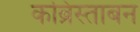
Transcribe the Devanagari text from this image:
कब्रिस्ताबन